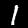
Digit: 1